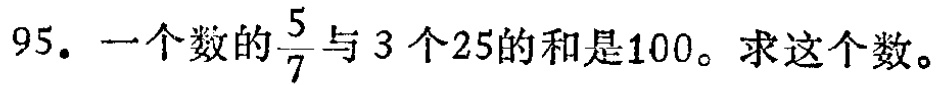
95. 一个数的$\frac{5}{7}$与 3 个25的和是100。求这个数。